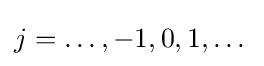
j=\dots ,-1,0,1,\dots